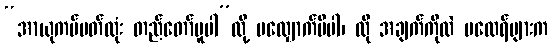
“အာယုကပ်ပတ်လုံး တည်တော်မူပါ”လို့ မလျှောက်မိပါ၊ ထို အချက်ကိုလဲ မထေရ်များက